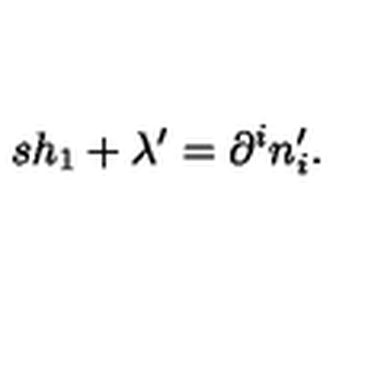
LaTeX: s h _ { 1 } + \lambda ^ { \prime } = \partial ^ { i } n _ { i } ^ { \prime } .